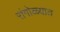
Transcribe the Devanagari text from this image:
रांगोळ्यात